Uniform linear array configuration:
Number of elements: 8
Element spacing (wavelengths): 0.25
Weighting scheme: blackman
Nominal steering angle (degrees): -15
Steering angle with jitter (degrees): -16.818
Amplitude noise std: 0.05
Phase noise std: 0.05

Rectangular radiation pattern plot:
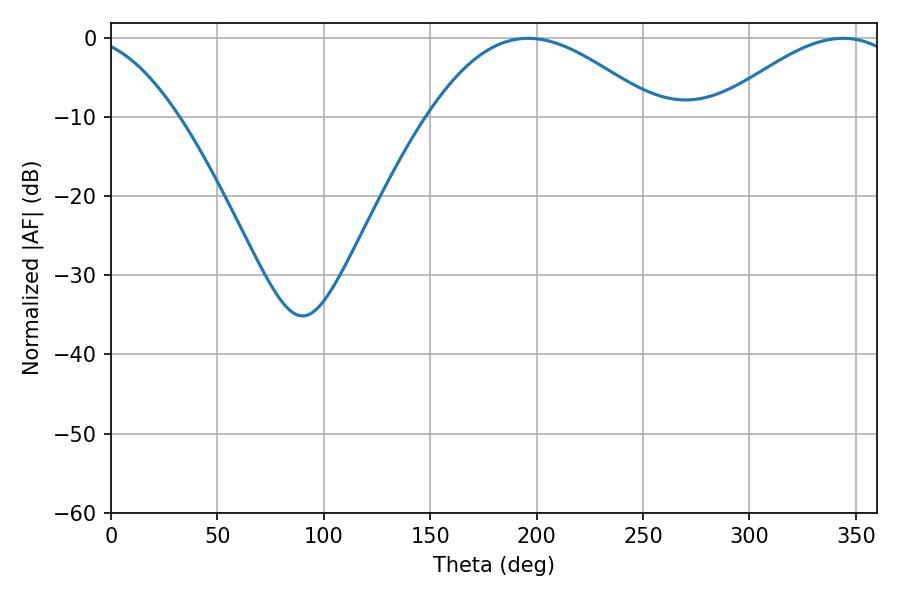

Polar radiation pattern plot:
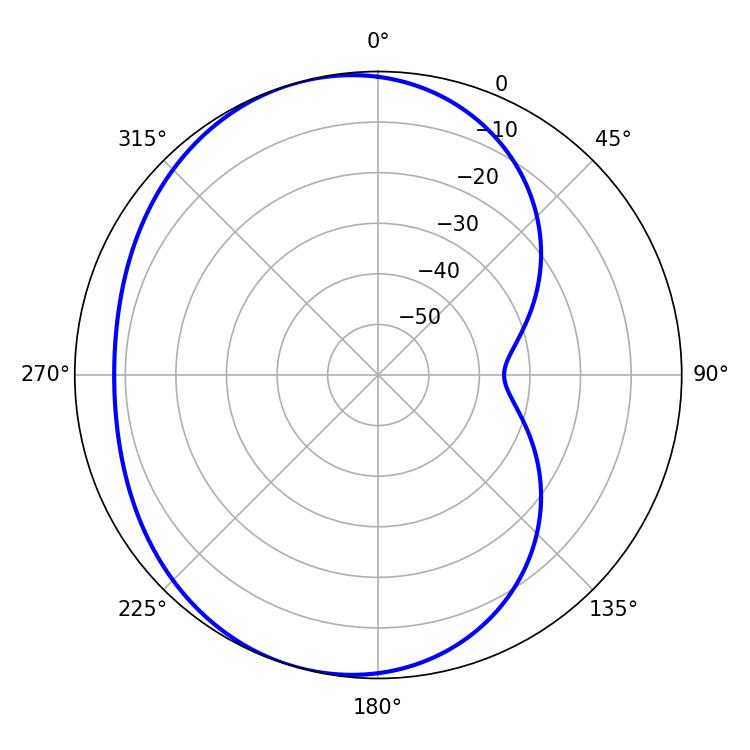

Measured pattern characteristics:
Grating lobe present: FALSE
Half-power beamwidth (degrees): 57.96
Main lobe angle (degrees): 196.02